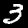
Digit: 3